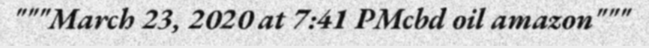
"""March 23, 2020 at 7:41 PMcbd oil amazon"""